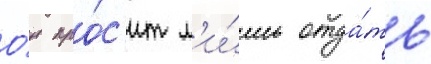
О́н про́с'ит л'и́шь отда́ть